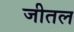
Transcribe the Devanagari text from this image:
जीतल